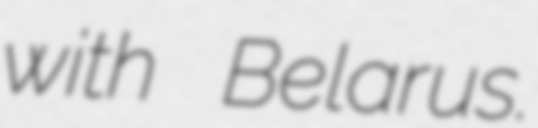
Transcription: with Belarus.